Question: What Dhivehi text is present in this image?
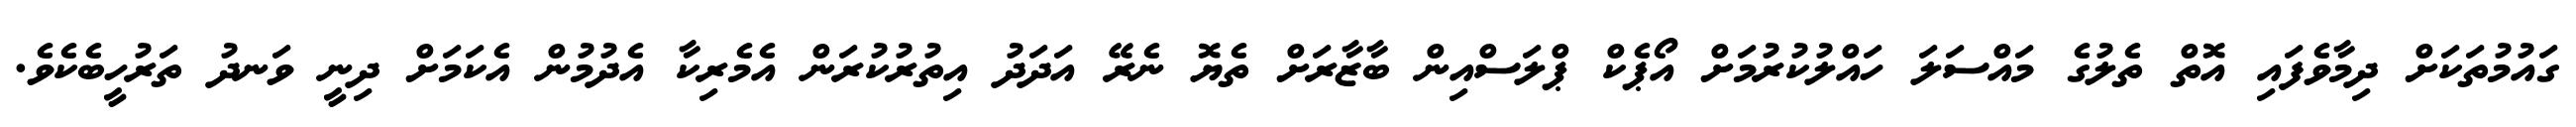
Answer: ގައުމުތަކަށް ދިމާވެފައި އޮތް ތެލުގެ މައްސަލަ ހައްލުކުރުމަށް އޯޕެކް ޕްލަސްއިން ބާޒާރަށް ތެޔޮ ނެރޭ އަދަދު އިތުރުކުރަން އެމެރިކާ އެދުމުން އެކަމަށް ދިނީ ވަނދު ތަރުހީބެކެވެ.